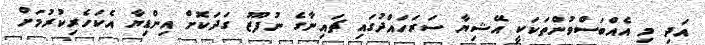
އަދި މި އެއްބަސްވުންތަކަކީ އޭޝިޔާ ސަރަހައްދުގައި ޗައިނާގެ ނުފޫޒު ގަދަކޮށް އިންޑިޔާ އެކަހެރިކުރުމަށް